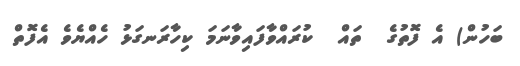
ބަހުން) އެ ފޮތުގެ  ތައް  ކުރައްވާފައިވާނަމަ ކިހާރަނގަޅު ހެއްޔެވެ އެފޮތް